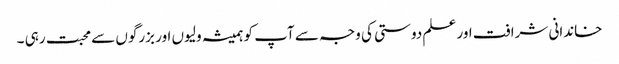
خاندانی شرافت اور علم دوستی کی وجہ سے آپ کو ہمیشہ ولیوں اور بزرگوں سے محبت رہی ۔